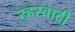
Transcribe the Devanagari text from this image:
रहस्वादी